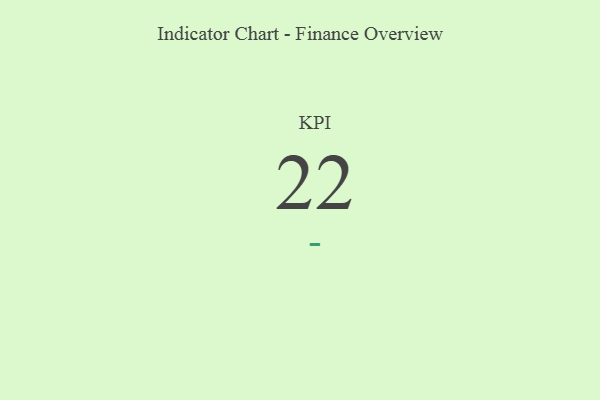
{"axis": {"x": "KPI", "y": "Value"}, "legend": [""], "data": [{"x": "KPI", "y": 22, "type": ""}]}